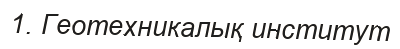
1. Геотехникалық институт